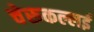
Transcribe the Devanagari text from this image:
चेरूकल्लई